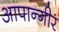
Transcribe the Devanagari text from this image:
आपान्गीर